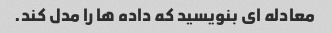
معادله ای بنویسید که داده ها را مدل کند.